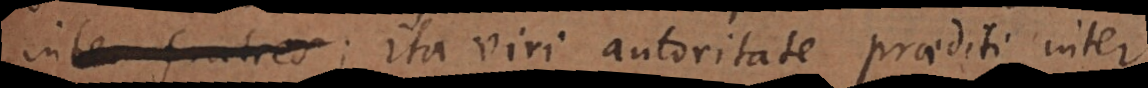
inter fratres ita viri autoritate praediti inter